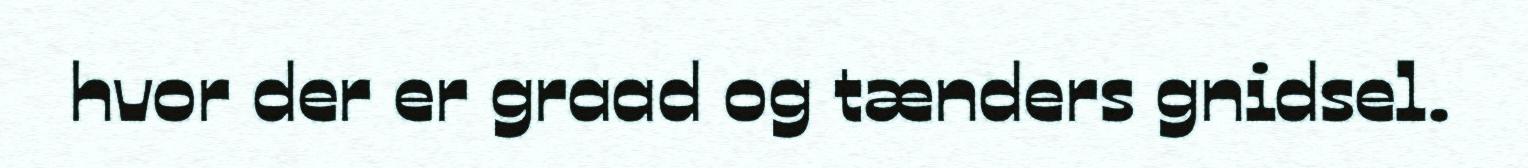
hvor der er graad og tænders gnidsel.